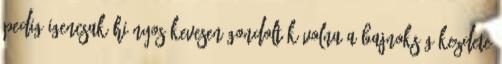
pedig igencsak hiányos Kevesen gondolták volna a bajnokság kezdete